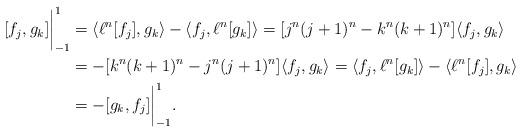
LaTeX: \begin{align*} [f_j,g_k]\bigg|_{-1}^1&=\langle \ell^n[f_j] , g_k\rangle - \langle f_j , \ell^n[g_k]\rangle=[j^n(j+1)^n-k^n(k+1)^n]\langle f_j , g_k\rangle\\& =-[k^n(k+1)^n-j^n(j+1)^n]\langle f_j , g_k\rangle = \langle f_j , \ell^n[g_k]\rangle -\langle \ell^n[f_j] , g_k\rangle \\ & =-[g_k,f_j]\bigg|_{-1}^1.\end{align*}